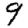
Digit: 9